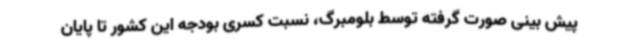
پیش بینی صورت گرفته توسط بلومبرگ، نسبت کسری بودجه این کشور تا پایان